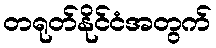
တရုတ်နိုင်ငံအတွက်